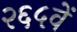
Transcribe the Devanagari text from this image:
२६५वें